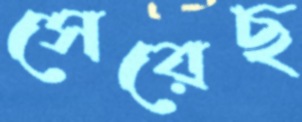
সেরেছ